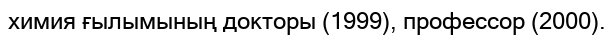
химия ғылымының докторы (1999), профессор (2000).